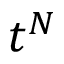
t ^ { N }